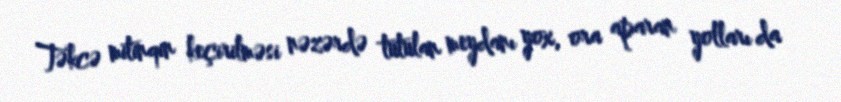
Təkcə mitinqin keçirilməsi nəzərdə tutulan meydanı yox, ora aparan yolları da